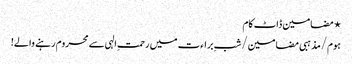
⋆ مضامین ڈاٹ کام
ہوم/مذہبی مضامین/شبِ براءت میں رحمتِ الہی سے محروم رہنے والے!